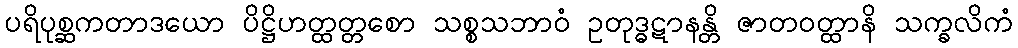
ပရိပုစ္ဆကတာဒယော ပိဋ္ဌိဟတ္ထတ္တစော သစ္စသဘာဝံ ဥတုဒ္ဓဋာနန္တိ ဇာတဝတ္ထာနိ သက္ခလိကံ